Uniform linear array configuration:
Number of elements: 48
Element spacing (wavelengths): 0.5
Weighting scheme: uniform
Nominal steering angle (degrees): -45
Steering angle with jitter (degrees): -46.091
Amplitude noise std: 0.05
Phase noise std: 0.05

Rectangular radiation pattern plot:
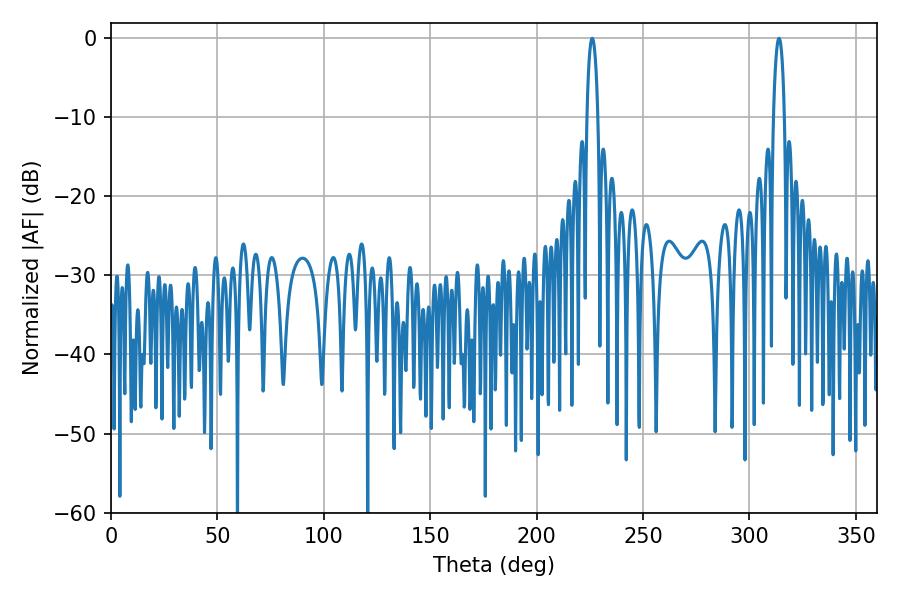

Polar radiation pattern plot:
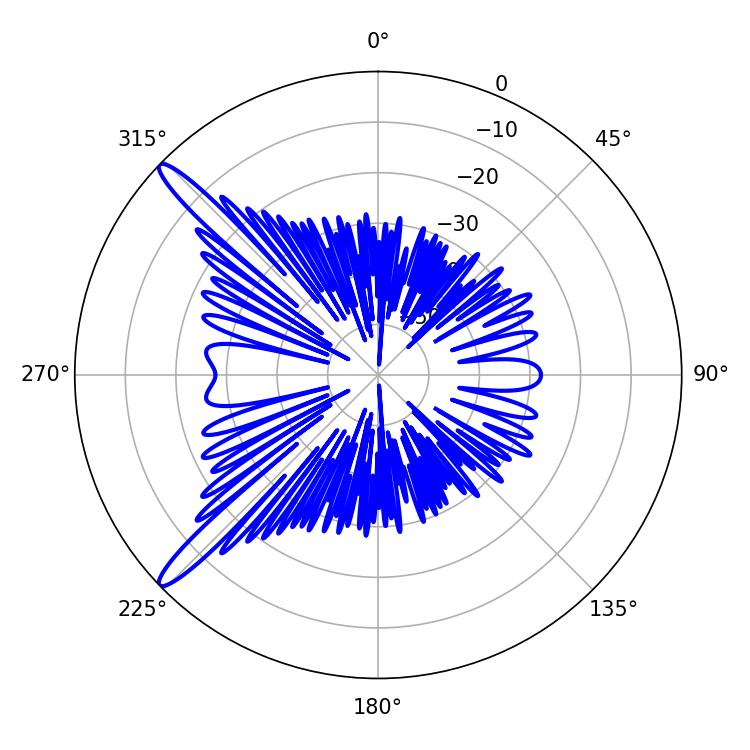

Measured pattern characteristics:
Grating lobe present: FALSE
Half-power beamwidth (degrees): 2.88
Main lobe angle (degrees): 226.08